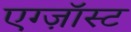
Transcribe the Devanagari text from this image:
एग्ज़ॉस्ट